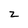
Character: z